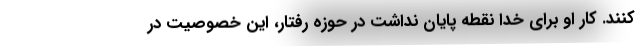
کنند. کار او برای خدا نقطه پایان نداشت در حوزه رفتار، این خصوصیت در